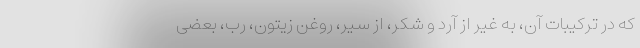
که در ترکیبات آن، به غیر از آرد و شکر، از سیر، روغن زیتون، رب، بعضی